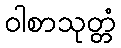
ဝါစာသုတ္တံ